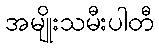
အမျိုးသမီးပါတီ